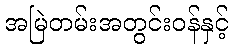
အမြဲတမ်းအတွင်းဝန်နှင့်